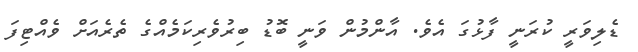
ޑެލިވަރީ ކުރަނީ ފާޅުގަ އެވެ. އާންމުން ވަނީ ބޮޑު ބިރުވެރިކަމެއްގެ ތެރެއަށް ވެއްޓިފަ